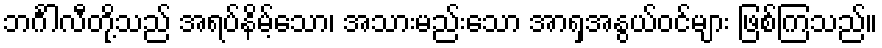
ဘင်္ဂါလီတို့သည် အရပ်နိမ့်သော၊ အသားမည်းသော အာရှအနွယ်ဝင်များ ဖြစ်ကြသည်။